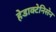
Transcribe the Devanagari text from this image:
हेडाक्टेनिसेन